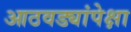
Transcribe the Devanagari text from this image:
आठवड्यांपेक्षा